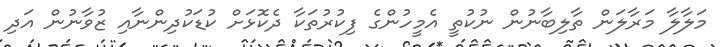
މަލާލާ މަރާލަން ތާލިބާނުން ނުކުތީ އެމީހުންގެ ފިކުރުތަކާ ދެކޮޅަށް ކުޑަކުދިންނާއި ޒުވާނުން އަދި